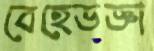
বেহেডজ্ঞা